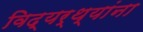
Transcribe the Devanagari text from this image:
विद्यर्थ्यांना